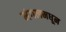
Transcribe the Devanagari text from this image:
मंगलमधून